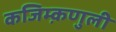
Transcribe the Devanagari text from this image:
कजिम्क़णुली